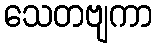
သေတဗျကာ